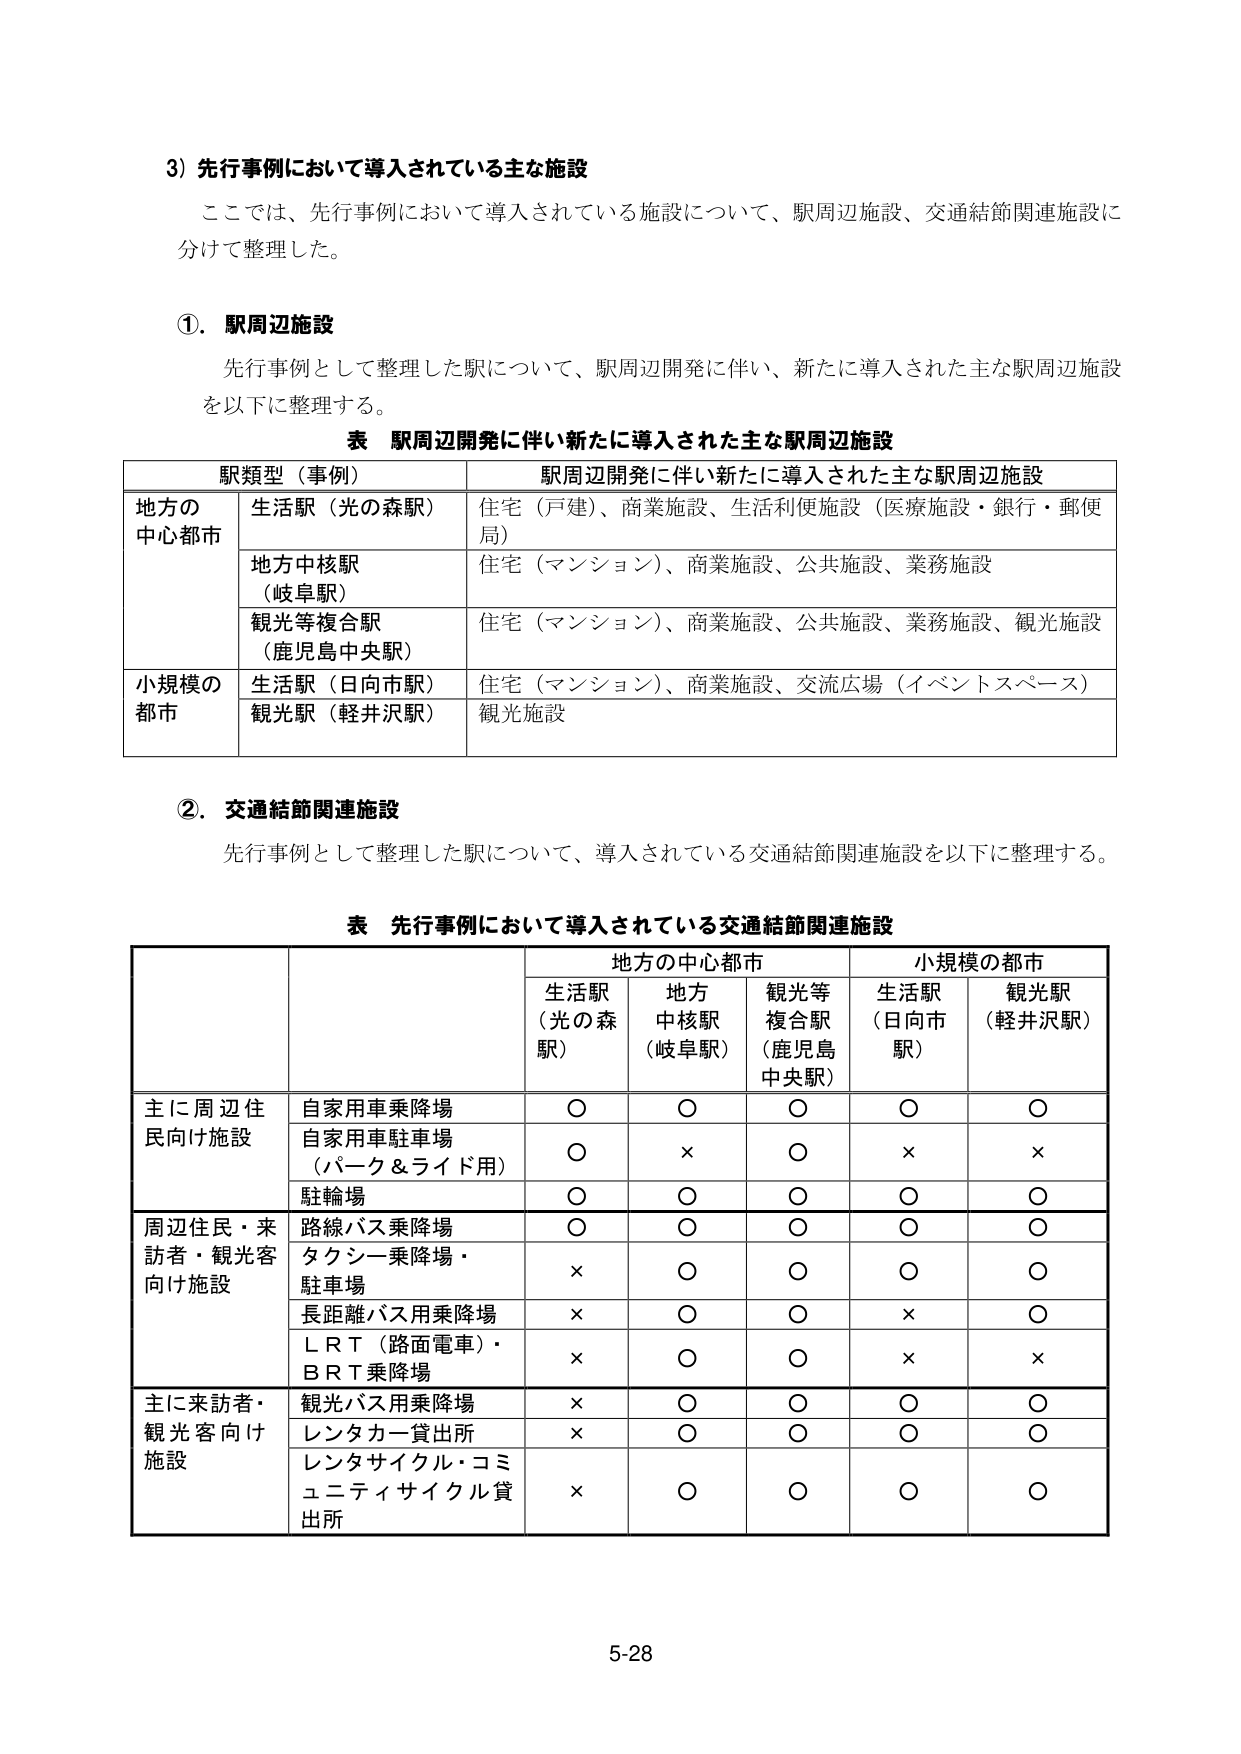
3) 先行事例において導入されている主な施設
ここでは、先行事例において導入されている施設について、駅周辺施設、交通結節関連施設に分けて整理した。

①. 駅周辺施設
先行事例として整理した駅について、駅周辺開発に伴い、新たに導入された主な駅周辺施設を以下に整理する。

表 駅周辺開発に伴い新たに導入された主な駅周辺施設
| 駅類型（事例） | 駅周辺開発に伴い新たに導入された主な駅周辺施設 |
|----------------|-----------------------------------------------|
| 地方の中心都市 | 生活駅（光の森駅） | 住宅（戸建）、商業施設、生活利便施設（医療施設・銀行・郵便局） |
|                | 地方中核駅（岐阜駅） | 住宅（マンション）、商業施設、公共施設、業務施設 |
|                | 観光等複合駅（鹿児島中央駅） | 住宅（マンション）、商業施設、公共施設、業務施設、観光施設 |
| 小規模の都市 | 生活駅（日向市駅） | 住宅（マンション）、商業施設、交流広場（イベントスペース） |
|              | 観光駅（軽井沢駅） | 観光施設 |

②. 交通結節関連施設
先行事例として整理した駅について、導入されている交通結節関連施設を以下に整理する。

表 先行事例において導入されている交通結節関連施設
| | | 地方の中心都市 | 小規模の都市 |
|---|---|---|---|
| | | 生活駅（光の森駅） | 地方中核駅（岐阜駅） | 観光等複合駅（鹿児島中央駅） | 生活駅（日向市駅） | 観光駅（軽井沢駅） |
| 主に周辺住民向け施設 | 自家用車乗降場 | ○ | ○ | ○ | ○ | ○ |
| | 自家用車駐車場（パーク＆ライド用） | ○ | × | ○ | × | × |
| | 駐輪場 | ○ | ○ | ○ | ○ | ○ |
| 周辺住民・来訪者・観光客向け施設 | 路線バス乗降場 | ○ | ○ | ○ | ○ | ○ |
| | タクシー乗降場・駐車場 | × | ○ | ○ | ○ | ○ |
| | 長距離バス用乗降場 | × | ○ | ○ | × | ○ |
| | ＬＲＴ（路面電車）・ＢＲＴ乗降場 | × | ○ | ○ | × | × |
| 主に来訪者・観光客向け施設 | 観光バス用乗降場 | × | ○ | ○ | ○ | ○ |
| | レンタカー貸出所 | × | ○ | ○ | ○ | ○ |
| | レンタサイクル・コミュニティサイクル貸出所 | × | ○ | ○ | ○ | ○ |

5-28